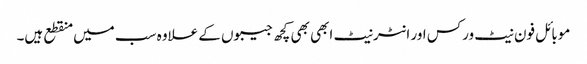
موبائل فون نیٹ ورکس اور انٹرنیٹ ابھی بھی کچھ جیبوں کے علاوہ سب میں منقطع ہیں۔